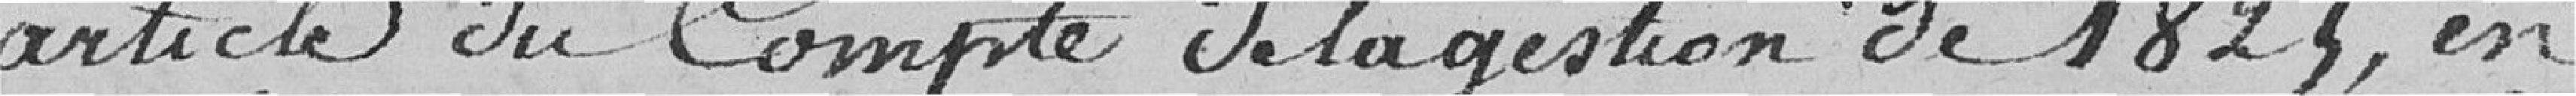
article du Compte de la gestion de 1825, en